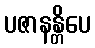
ပဇာနန္တိပေ